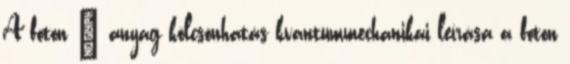
A foton – anyag kölcsönhatás kvantummechanikai leírása a foton